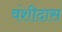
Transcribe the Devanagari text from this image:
वंशीदास